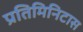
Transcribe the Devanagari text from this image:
प्रतिमिनिटास